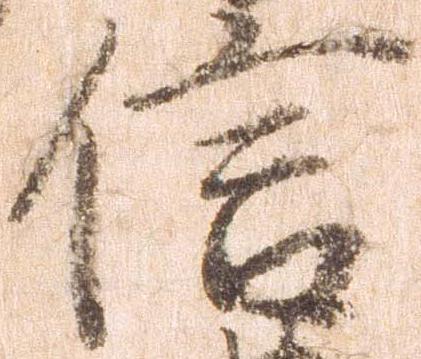
信